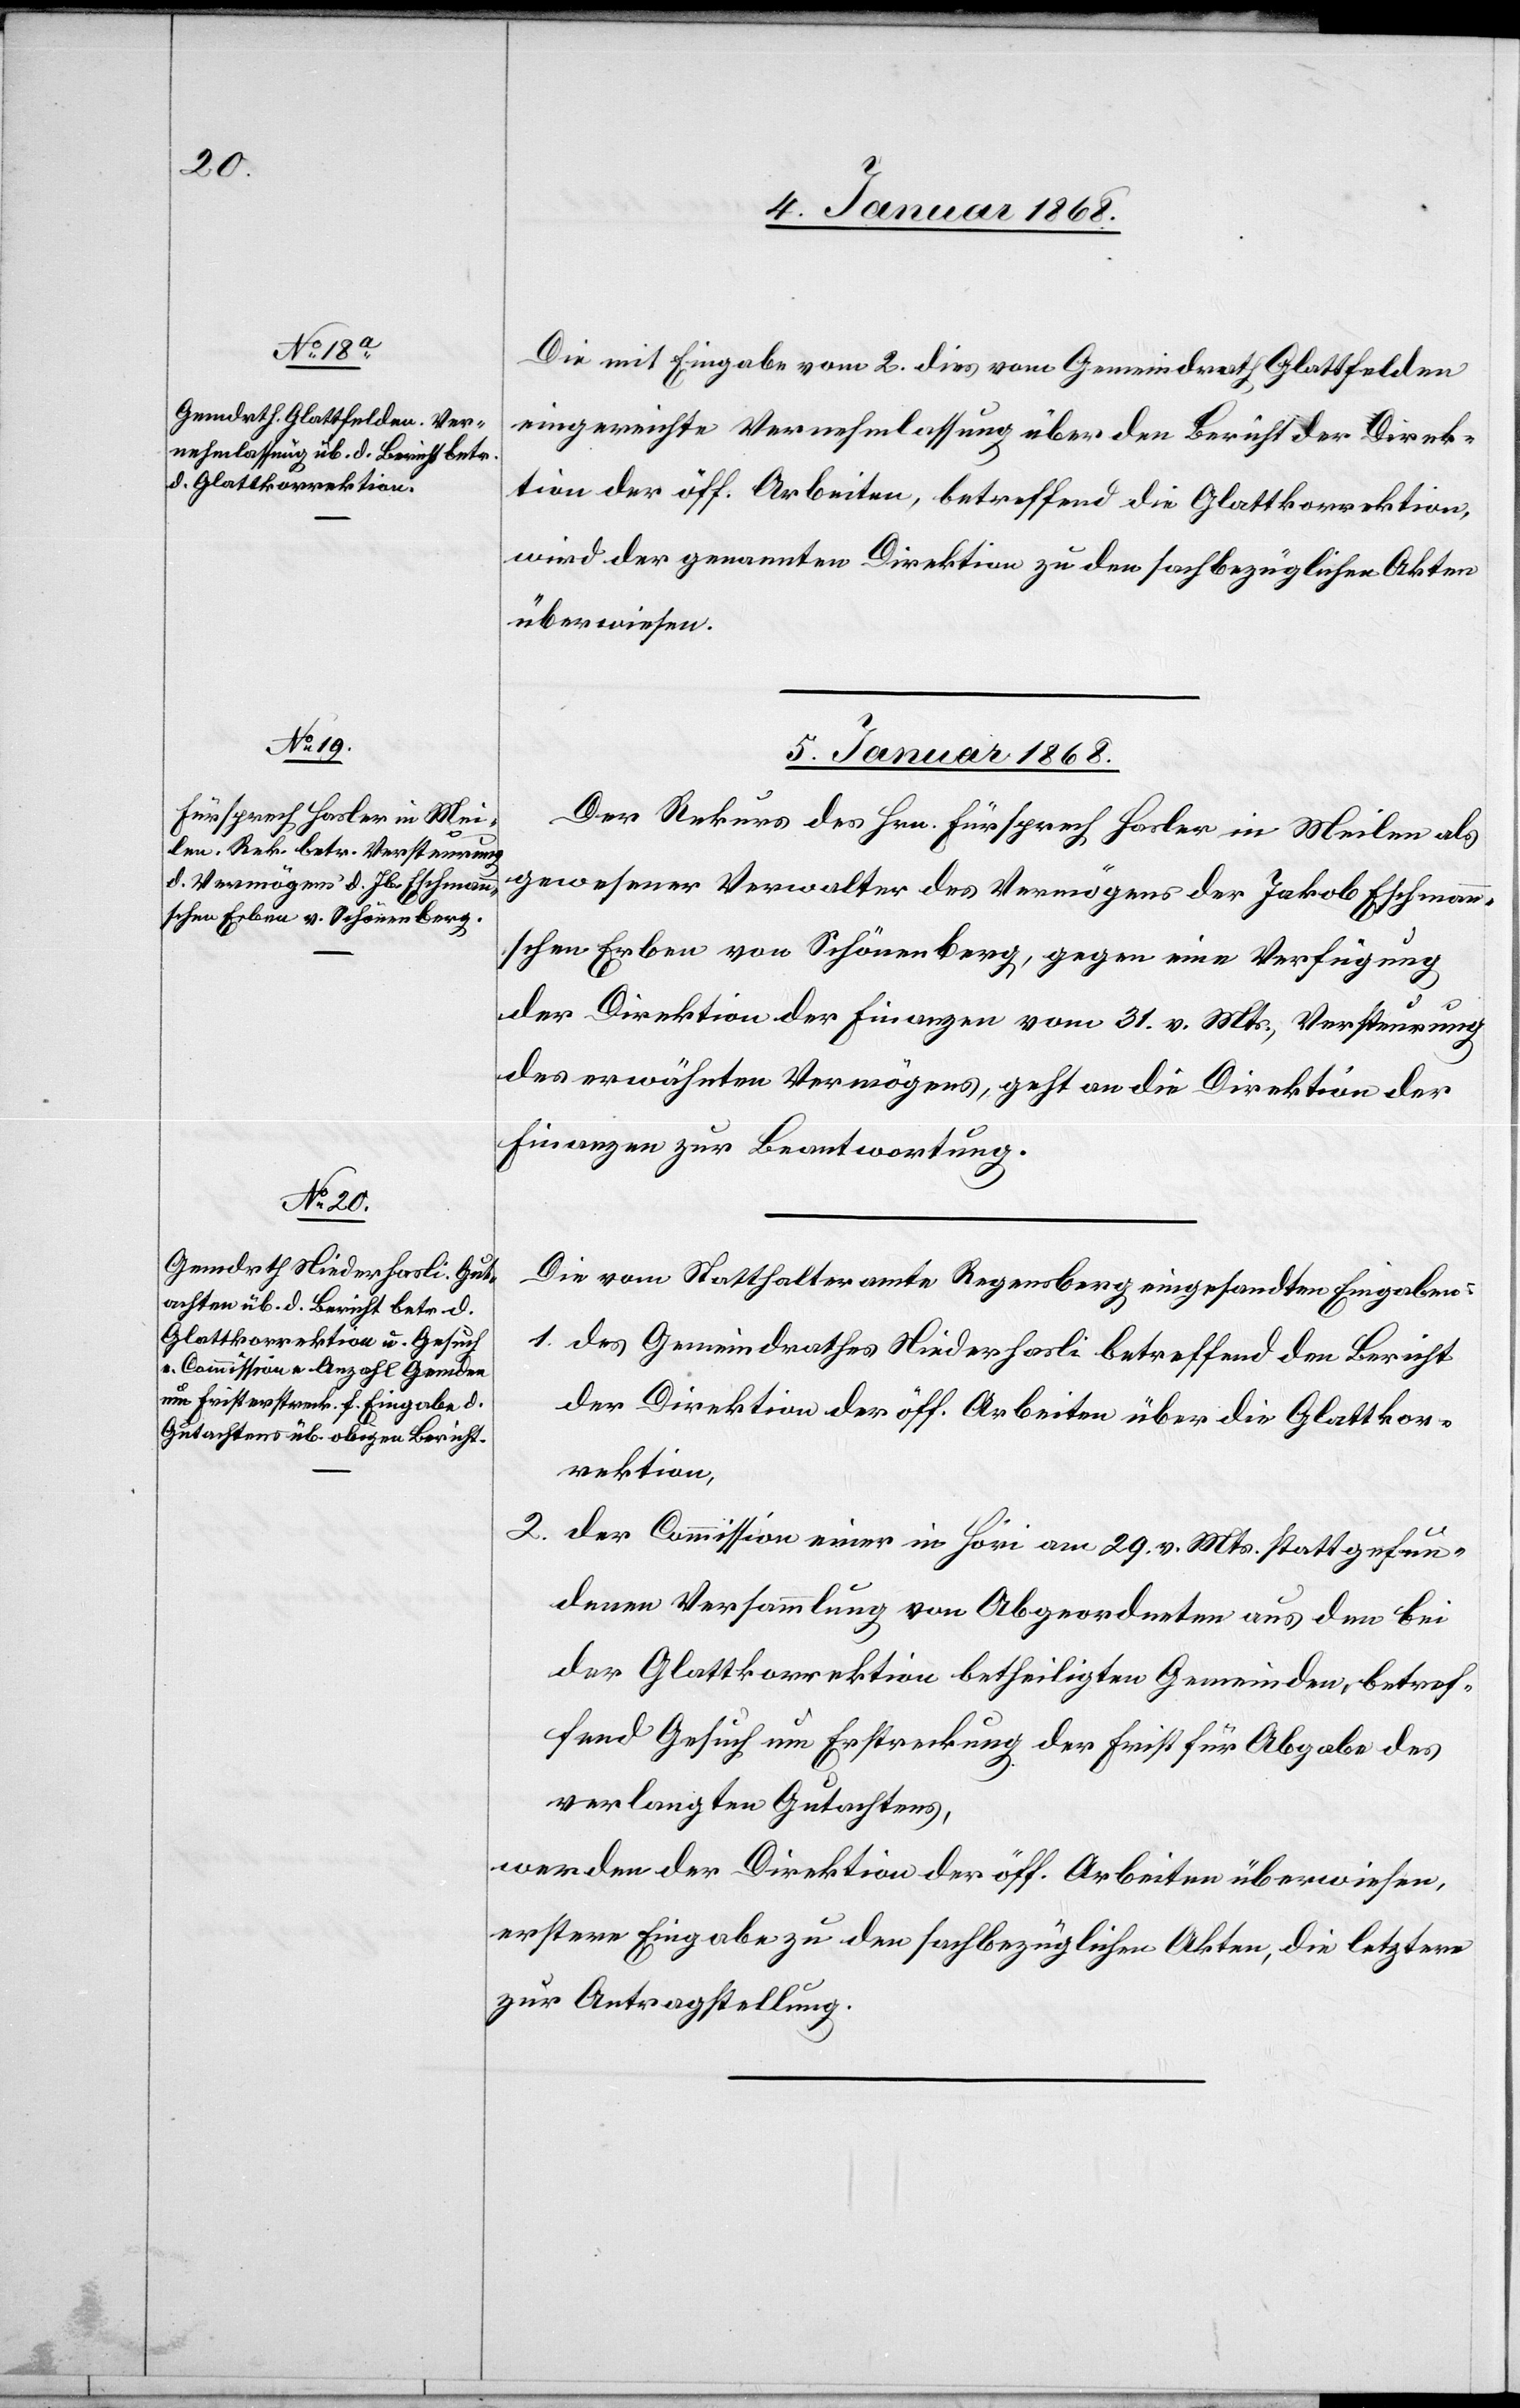
4. Januar 1868.]
Die mit Eingabe vom 2. dies vom Gemeindrath Glattfelden
eingereichte Vernehmlassung über den Bericht der Direk¬
tion der öff. Arbeiten, betreffend die Glattkorrektion,
wird der genannten Direktion zu den sachbezüglichen Akten
überwiesen.
5. Januar 1868.]
Der Rekurs des Hrn. Fürsprech Hasler in Meilen als
gewesener Verwalter des Vermögens der Jakob Eschmann¬
schen Erben von Schönenberg, gegen eine Verfügung
2.
der Direktion der Finanzen vom 31. v. Mts., [betreffend]
des erwähnten Vermögens, geht an die Direktion der
Finanzen zur Beantwortung.
Die vom Statthalteramte Regensberg eingesandten Eingaben:
des Gemeindrathes Niederhasli betreffend den Bericht
der Direktion der öff. Arbeiten über die Glattkor¬
rektion,
der Commission einer in Höri am 29. v. Mts. stattgefun¬
denen Versammlung von Abgeordneten aus den bei
der Glattkorrektion betheiligten Gemeinden, betref¬
fend Gesuch um Erstreckung der Frist für Abgabe des
verlangten Gutachtens,
werden der Direktion der öff. Arbeiten überwiesen,
erstere Eingabe zu den sachbezüglichen Akten, die letztere
zur Antragstellung.